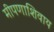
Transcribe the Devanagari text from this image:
मीपणाशिवाय